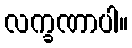
လက္ခဏာပါ။